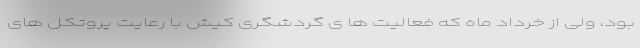
بود، ولی از خرداد ماه که فعالیت ها ی گردشگری کیش با رعایت پروتکل های